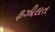
ફઝીલત